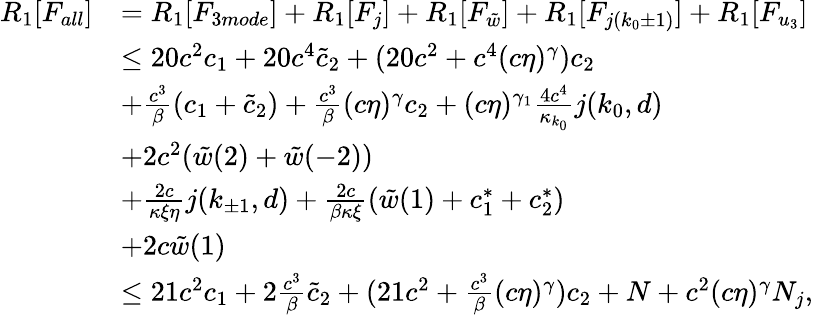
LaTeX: \begin{array}{rl}{R_{1}[F_{all}]}&{=R_{1}[F_{3mode}]+R_{1}[F_{j}]+R_{1}[F_{\tilde{w}}]+R_{1}[F_{j(k_{0}\pm 1)}]+R_{1}[F_{u_{3}}]}\\ &{\le 20c^{2}c_{1}+20c^{4}\tilde{c}_{2}+(20c^{2}+c^{4}(c\eta)^{\gamma})c_{2}}\\ &{+\frac{c^{3}}\beta(c_{1}+\tilde{c}_{2})+\frac{c^{3}}\beta(c\eta)^{\gamma}c_{2}+(c\eta)^{\gamma_{1}}\frac{4c^{4}}{\kappa_{k_{0}}}j(k_{0},d)}\\ &{+2c^{2}(\tilde{w}(2)+\tilde{w}(-2))}\\ &{+\frac{2c}{\kappa\xi\eta}j(k_{\pm 1},d)+\frac{2c}{\beta\kappa\xi}(\tilde{w}(1)+c_{1}^{\ast}+c_{2}^{\ast})}\\ &{+2c\tilde{w}(1)}\\ &{\le 21c^{2}c_{1}+2\frac{c^{3}}\beta\tilde{c}_{2}+(21c^{2}+\frac{c^{3}}\beta(c\eta)^{\gamma})c_{2}+N+c^{2}(c\eta)^{\gamma}N_{j},}\end{array}